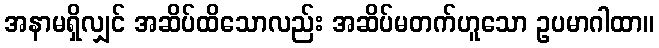
အနာမရှိလျှင် အဆိပ်ထိသောလည်း အဆိပ်မတက်ဟူသော ဥပမာဂါထာ။